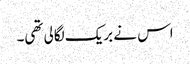
اس نے بریک لگالی تھی۔